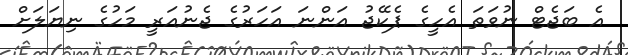
އެ ބަޖެޓް ނުވަތަ އެހީގެ ޕެކޭޖު އަންނަ އަހަރުގެ ޖެނުއަރީ މަހުގެ ނިޔަލަށް